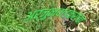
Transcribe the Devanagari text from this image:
अर्जुनवाडकरांचा